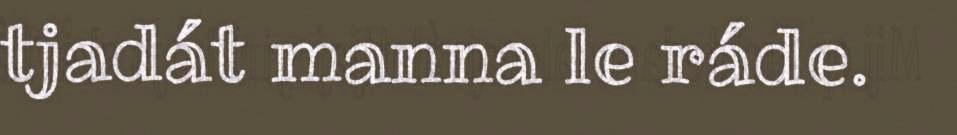
tjadát manna le ráde.